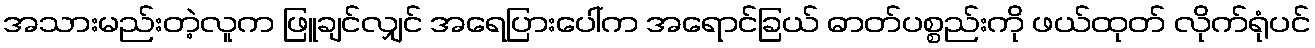
အသားမည်းတဲ့လူက ဖြူချင်လျှင် အရေပြားပေါ်က အရောင်ခြယ် ဓာတ်ပစ္စည်းကို ဖယ်ထုတ် လိုက်ရုံပင်